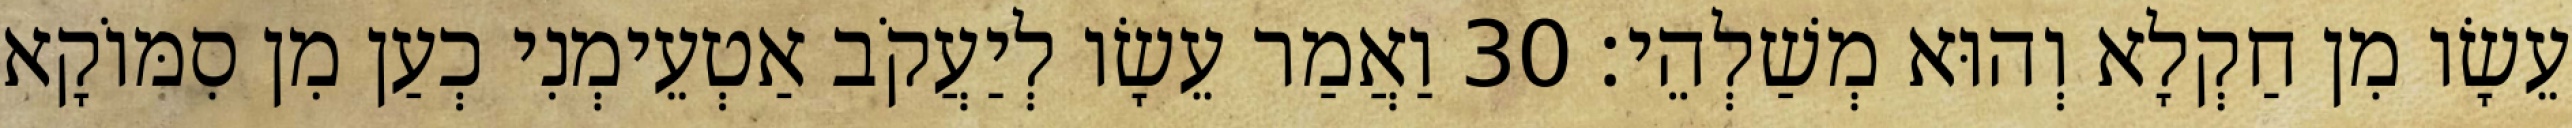
עֵשָׂו מִן חַקְלָא וְהוּא מְשַׁלְהֵי׃ 30 וַאֲמַר עֵשָׂו לְיַעֲקֹב אַטְעֵימְנִי כְעַן מִן סִמּוֹקָא